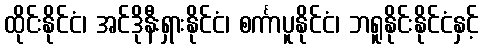
ထိုင်းနိုင်ငံ၊ အင်ဒိုနီးရှားနိုင်ငံ၊ စင်္ကာပူနိုင်ငံ၊ ဘရူနိုင်းနိုင်ငံနှင့်